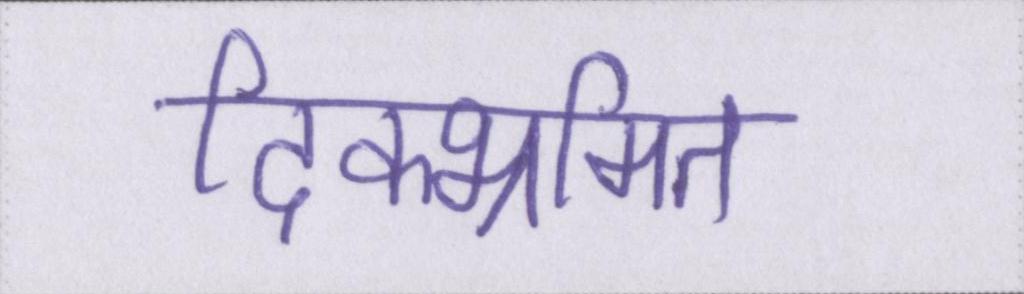
दिक्भ्रमित